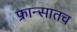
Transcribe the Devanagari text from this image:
फ्रान्सातच